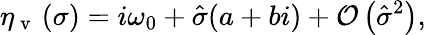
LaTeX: \eta_{\mathrm{~v~}}\left(\sigma\right)=i\omega_{0}+\hat{\sigma}(a+bi)+\mathcal{O}\left(\hat{\sigma}^{2}\right),